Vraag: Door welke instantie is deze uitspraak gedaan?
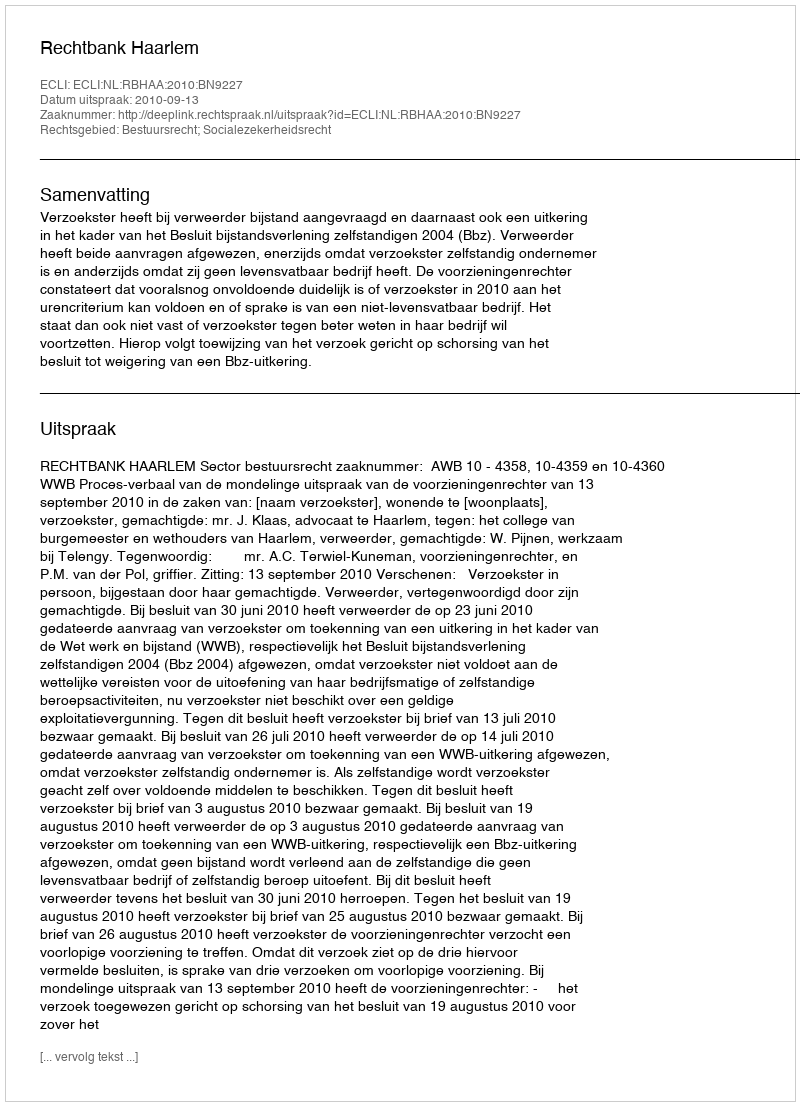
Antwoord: Rechtbank Haarlem